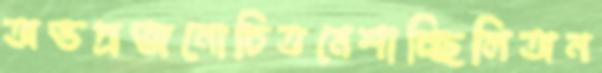
অভদ্রজনোচিতমেশাচ্ছিলিঅন